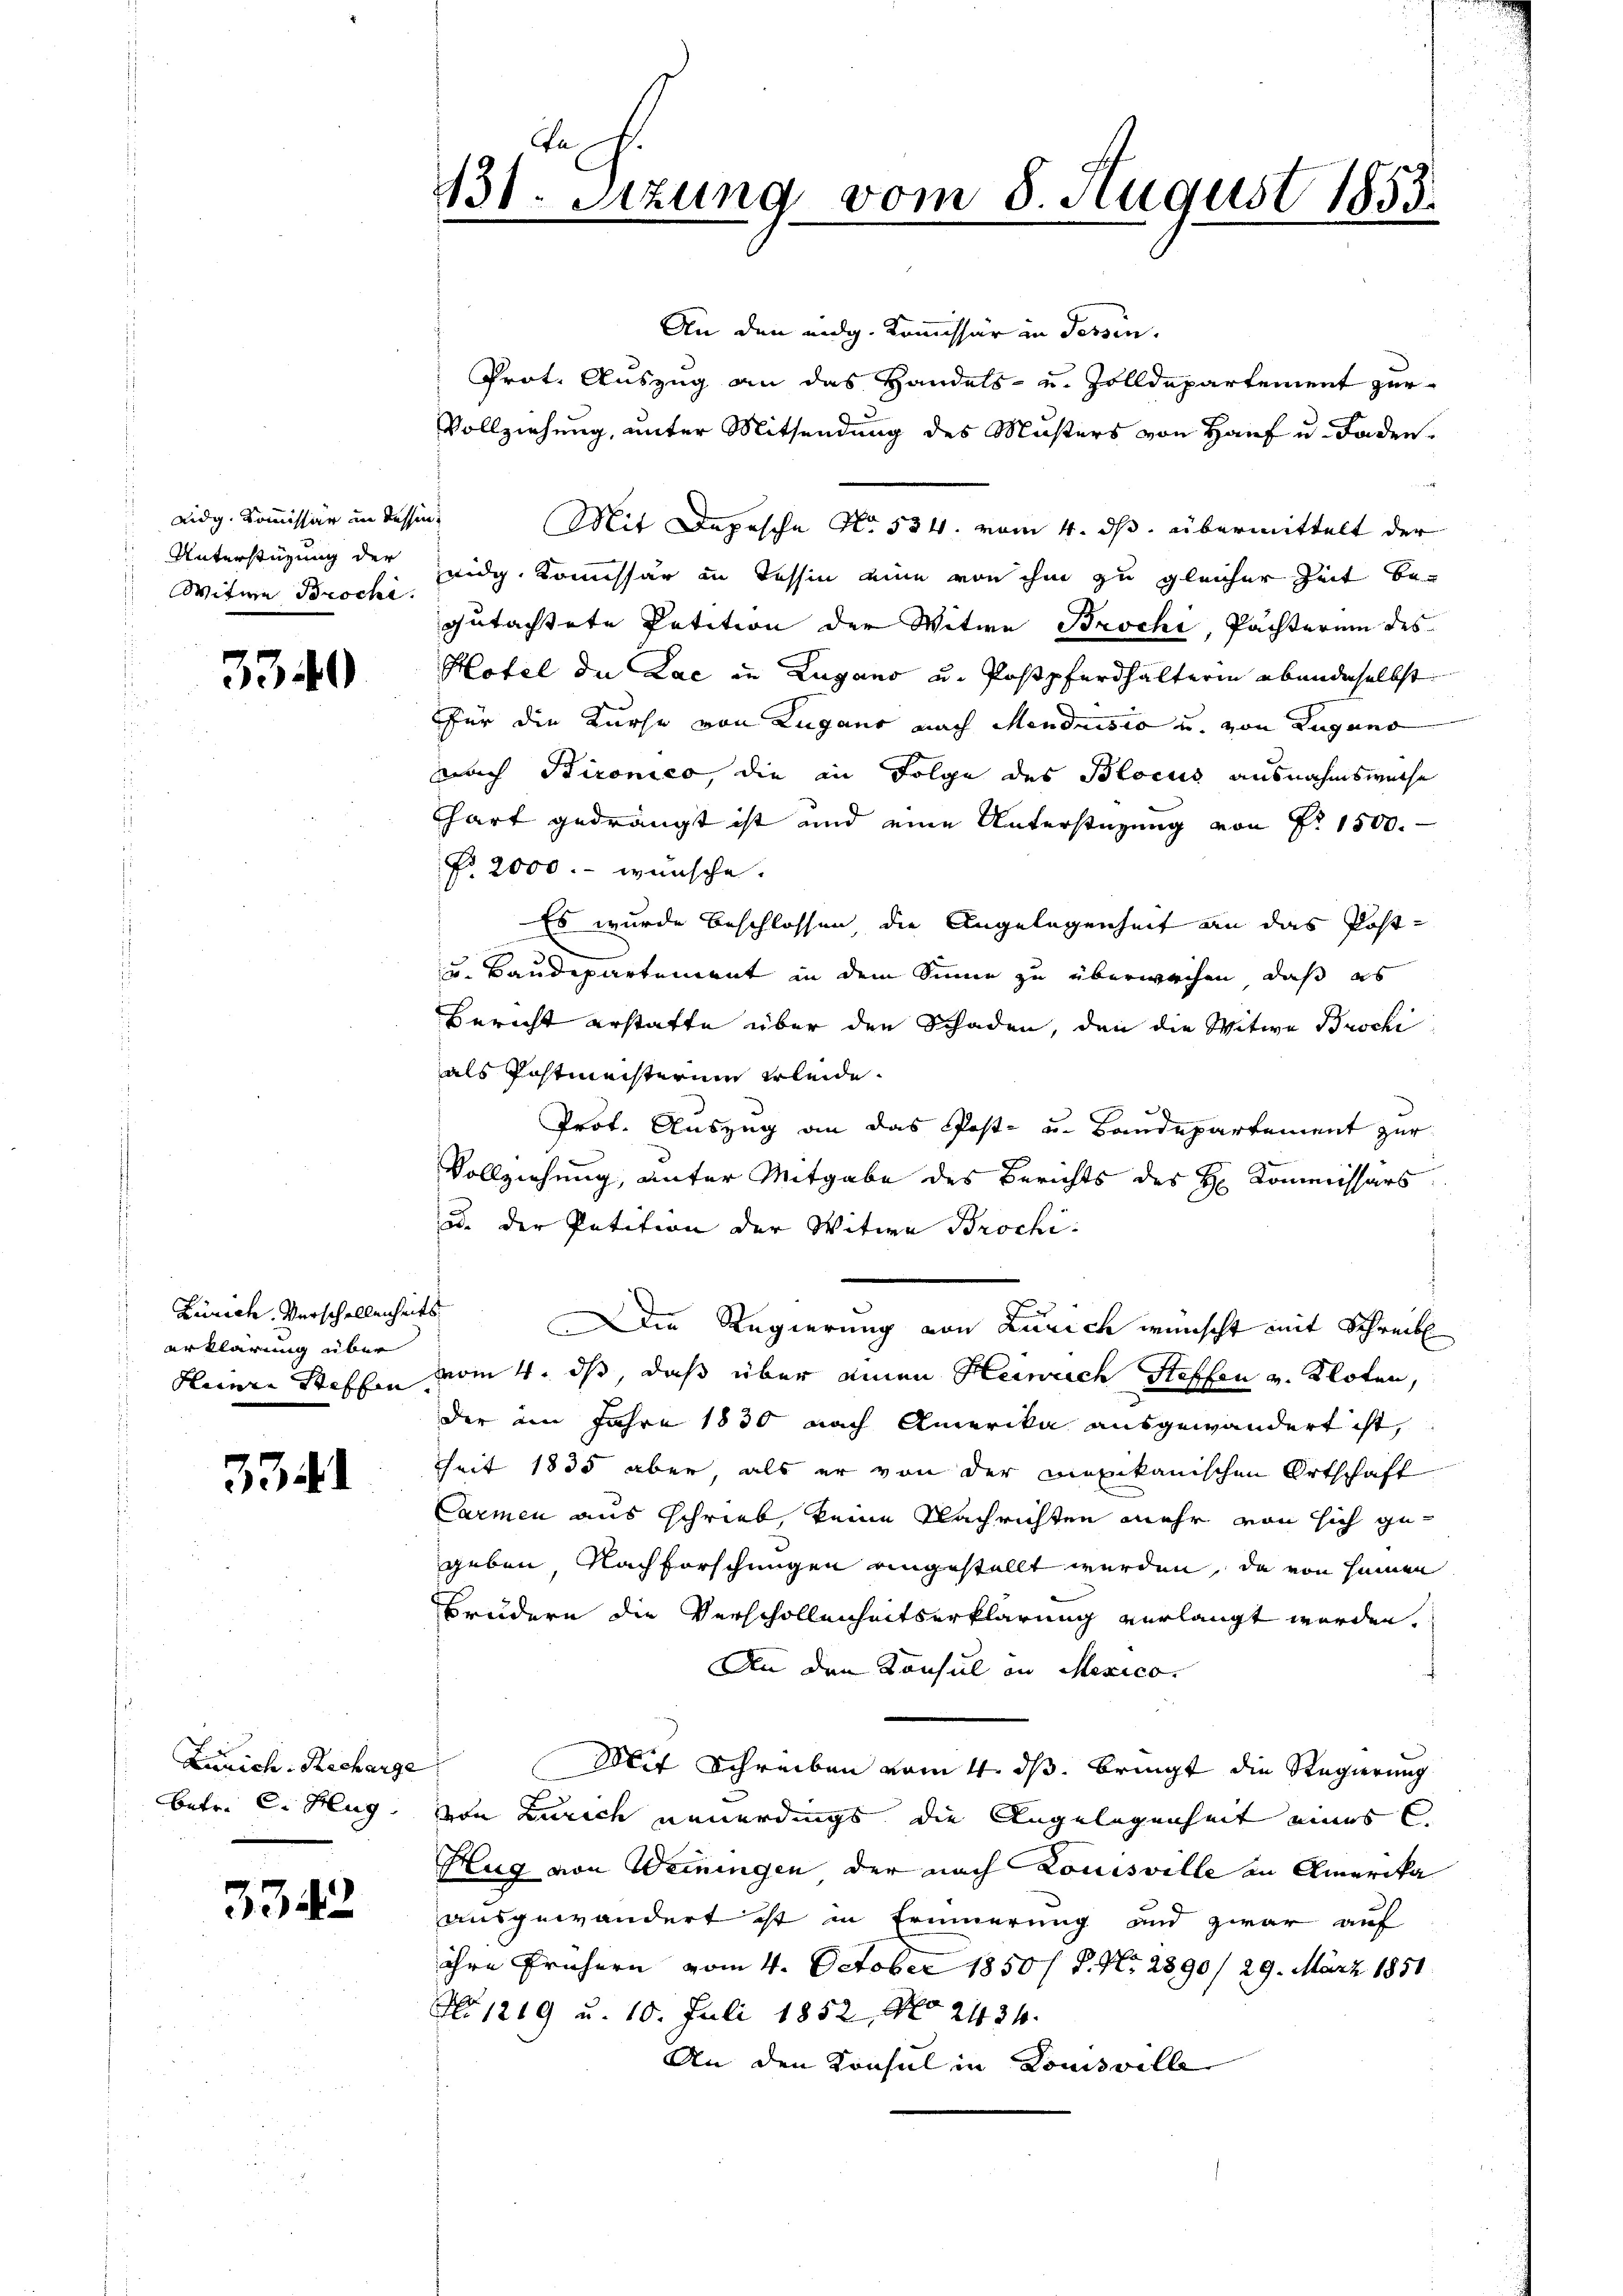
Witwe Brochi

3340

Zürich. Verschellenheits
erklärung über

3341

Zürich. Recharge

3342

An den eidg. Kommissär in dessen.
Prot. Auszug an das Handels- u. Zolldepartement zur
Vollziehung, unter Mitsendung des Musters von Hauf u. Faden¬
Unterstüzung der Zeidg. Kommissär in Tessin eine von ihm zu gleicher Zeit begutachtete Petition der Witwe Brochi, Pächterum des
Hotel die Lae in Lugano u. Postpferdhalterin ebendeselbst
Für die Kurse von Lugano nach Mendrisio u. von Zugano
nach Bironico, die in Folge des Blocus ausnahmsweise
Chart gedrängt ist und eine Unterstüzung von Fr. 1500.
No. 2000.- wünsche.
Es wurde beschlossen die Angelegenheit an das Post¬
B
u. Baudepartement in dem Sinne zu überwachen, daß es
Bericht erstatte über den Schaden, den die Witwe Brocki
als Postmeisterin erleide.
Prot. Auszug an das Post- u. Baudepartement zur
Vollziehung, unter Mitgabe des Berichts des H. Kommissärs
u. der Petition der Witwe Brochi¬
Die Regierung von Zürich wünscht mit Schreib
Heinre Steffen vom 4. ds, daß über einen Heinrich Steffen v. Kloten,
der im Jahre 1830 nach Amerika ausgewandert ist,
heit 1835 aber, als er von der Lexikanischen Ortschaft
Carmen aus schrieb, keine Nachrichten mehr von sich gegeben, Nachforschungen angestellt werden, da von seinen
Brudern die Verschollenheitserklärung verlangt werden.
An den Konsul in Mexico.
Mit Schreiben vom 4. ds. bringt die Regierung
betr. C. Hug, von Zürich neuerdings, die Angelegenheit eines C.
Hug von Weiningen der nach Louisville an Amerika
ausgewandert ist in Erinnerung und zwar auf
ihre Frühern vom 4. October 1850 / P. Nr. 2890/ 29. März 1851
No 1219 u. 10. Juli 1852, No 2434.
An den Konsul in Louisville

An
131. Sitzung vom 8. August 1855.

Lidg. Kommissär in dessen Mit Depesche No. 534. vom 4. ds. übermittelt der